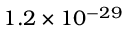
1 . 2 \times 1 0 ^ { - 2 9 }